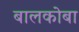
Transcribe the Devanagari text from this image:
बालकोबा